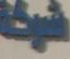
شركة